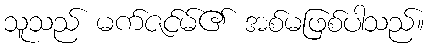
သူသည် မက်ဇင်မ်၏ အစ်မဖြစ်ပါသည်။